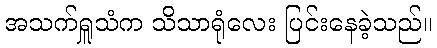
အသက်ရှူသံက သိသာရုံလေး ပြင်းနေခဲ့သည်။